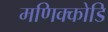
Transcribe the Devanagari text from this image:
मणिक्कोडि